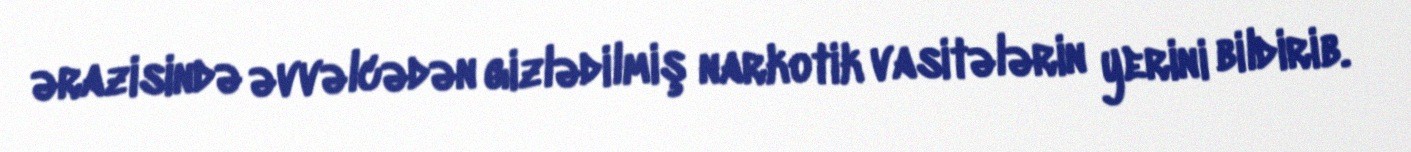
ərazisində əvvəlcədən gizlədilmiş narkotik vasitələrin yerini bildirib.